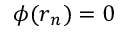
\phi ( \boldsymbol { r } _ { n } ) = 0